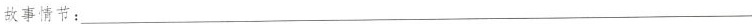
故事情节：___